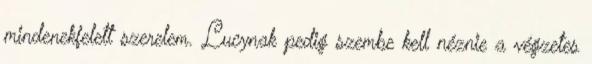
mindenekfelett szerelem. Lucynak pedig szembe kell néznie a végzetes